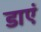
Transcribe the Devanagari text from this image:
डाएं